Report on malaria in the Punjab during the year ...  together with an account of the work of the Punjab Malaria Bureau - Volume 6
Disease focus: Malaria
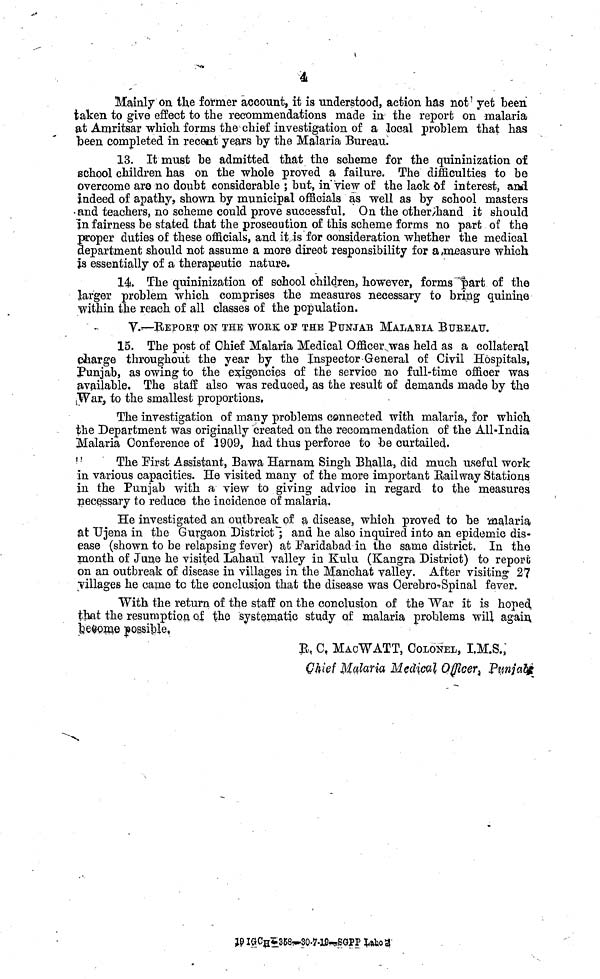
Mainly on the former account, it is understood, action has not 1 yet been
taken to give effect to the recommendations made in the report on malaria
at Amritsar whioh forms the chief investigation of a local problem that has
been completed in recent years by the Malaria Bureau.
13. It must be admitted that the scheme for the quininization of
school children has on the whole proved a failure. The difficulties to be
overcome ara no doubt considerable ; but, in* view of the lack Of interest, and
indeed of apathy, shown by municipal officials as well as by school masters
• and teachers, no scheme could prove successful. On the other;hand it should
In fairness be stated that the prosecution of this scheme forms no part of the
proper duties of these officials, and it/is for consideration whether the medical
department should not assume a more direct responsibility for a .measure which
is essentially of a therapeutic nature.
14. The quininization of school children, however, forms ' "f>art of the
larger problem which comprises the measures necessary to bring quinine
•within the reach of all classes of the population.
V.---REPORT oisr THE WORK or THE PUNJAB MALABIA BUREAU.
15. The post of Chief Malaria Medical Onicei\was held as a collateral
charge throughout the year by the Inspector General of Civil Hospitals,
Punjab, as owing to the exigencies of the service no full-time offioer was
available. The staff also was reduced, as the result of demands made by the
War, to the smallest proportions.
The investigation of many problems connected with malaria, for which
the Department was originally created on the recommendation of the AlWndia
Malaria Conference of 2909, had thus perforce to be curtailed.
The Eirst Assistant, Bawa Harnam Singh Bhalla, did much useful work
in various capacities. He visited many of the more important Railway Stations
in the Punjab with a view to giving advioo in regard to the measures
necessary to reduce the incidence of malaria.
He investigated an outbreak of a disease, which proved to be malaria
at Ujena in the Gurgaon District! and he also inquired into an epidemic dis-
ease (shown to be relapsing fever) at Paridabad in the same district. In the
month of June he visited Lahaul valley in Kulu (Kangra District) to report
on an outbreak of disease in villages in the Manchat valley. After visiting 27
villages he came to the conclusion that the disease was Qerebro^Spinal fever.
With the return of the staff on the conclusion of the War it is hoped,
that the resumption o| the systematic study of malaria problems will again,
ke^om.e jogsiWe,
B, C t MAOWATT, COLONEL, I.M.S.,
Chief Malaria Medical Officer^ P«a2y?
W IC[Cj[»358^0.7-lfiwSQPP l»ho$-